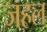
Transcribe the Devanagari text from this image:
जहल